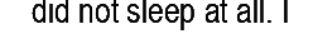
did not sleep at all. I